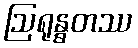
ဩရုန္ဓတဿ